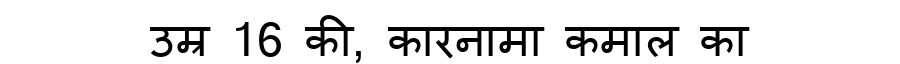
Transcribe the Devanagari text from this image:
उम्र 16 की, कारनामा कमाल का